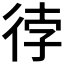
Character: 𭛫